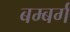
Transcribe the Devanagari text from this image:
बम्बर्ग